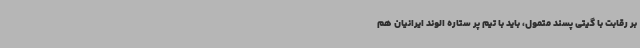
بر رقابت با گیتی پسند متمول، باید با تیم پر ستاره الوند ایرانیان هم